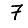
Digit: 7